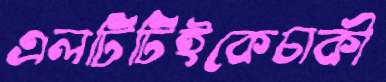
এলটিটিইকেচাকী